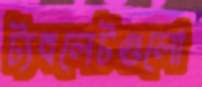
ট্যবলেটগুলো